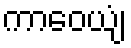
ကာဝေယျံ